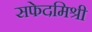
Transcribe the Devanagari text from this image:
सफेदमिश्री